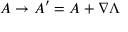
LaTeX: A \to A ^ { \prime } = A + \nabla \Lambda